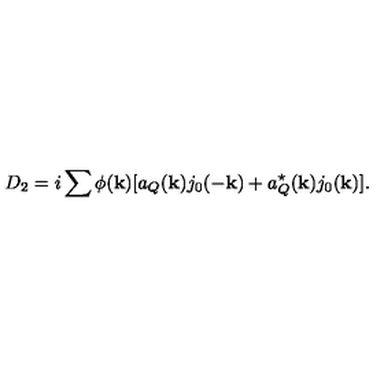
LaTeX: D _ { 2 } = i \sum { } \phi ( { \bf k } ) [ a _ { Q } ( { \bf k } ) j _ { 0 } ( - { \bf k } ) + a _ { Q } ^ { \star } ( { \bf k } ) j _ { 0 } ( { \bf k } ) ] .